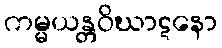
ကမ္မယန္တဝိဃာဋနော